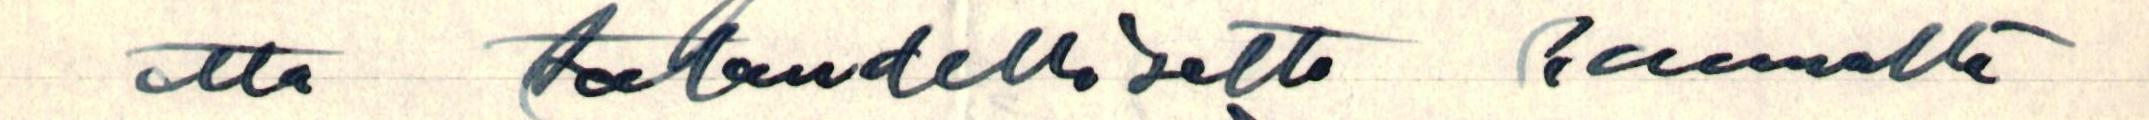
että taloudelliselta kannalta